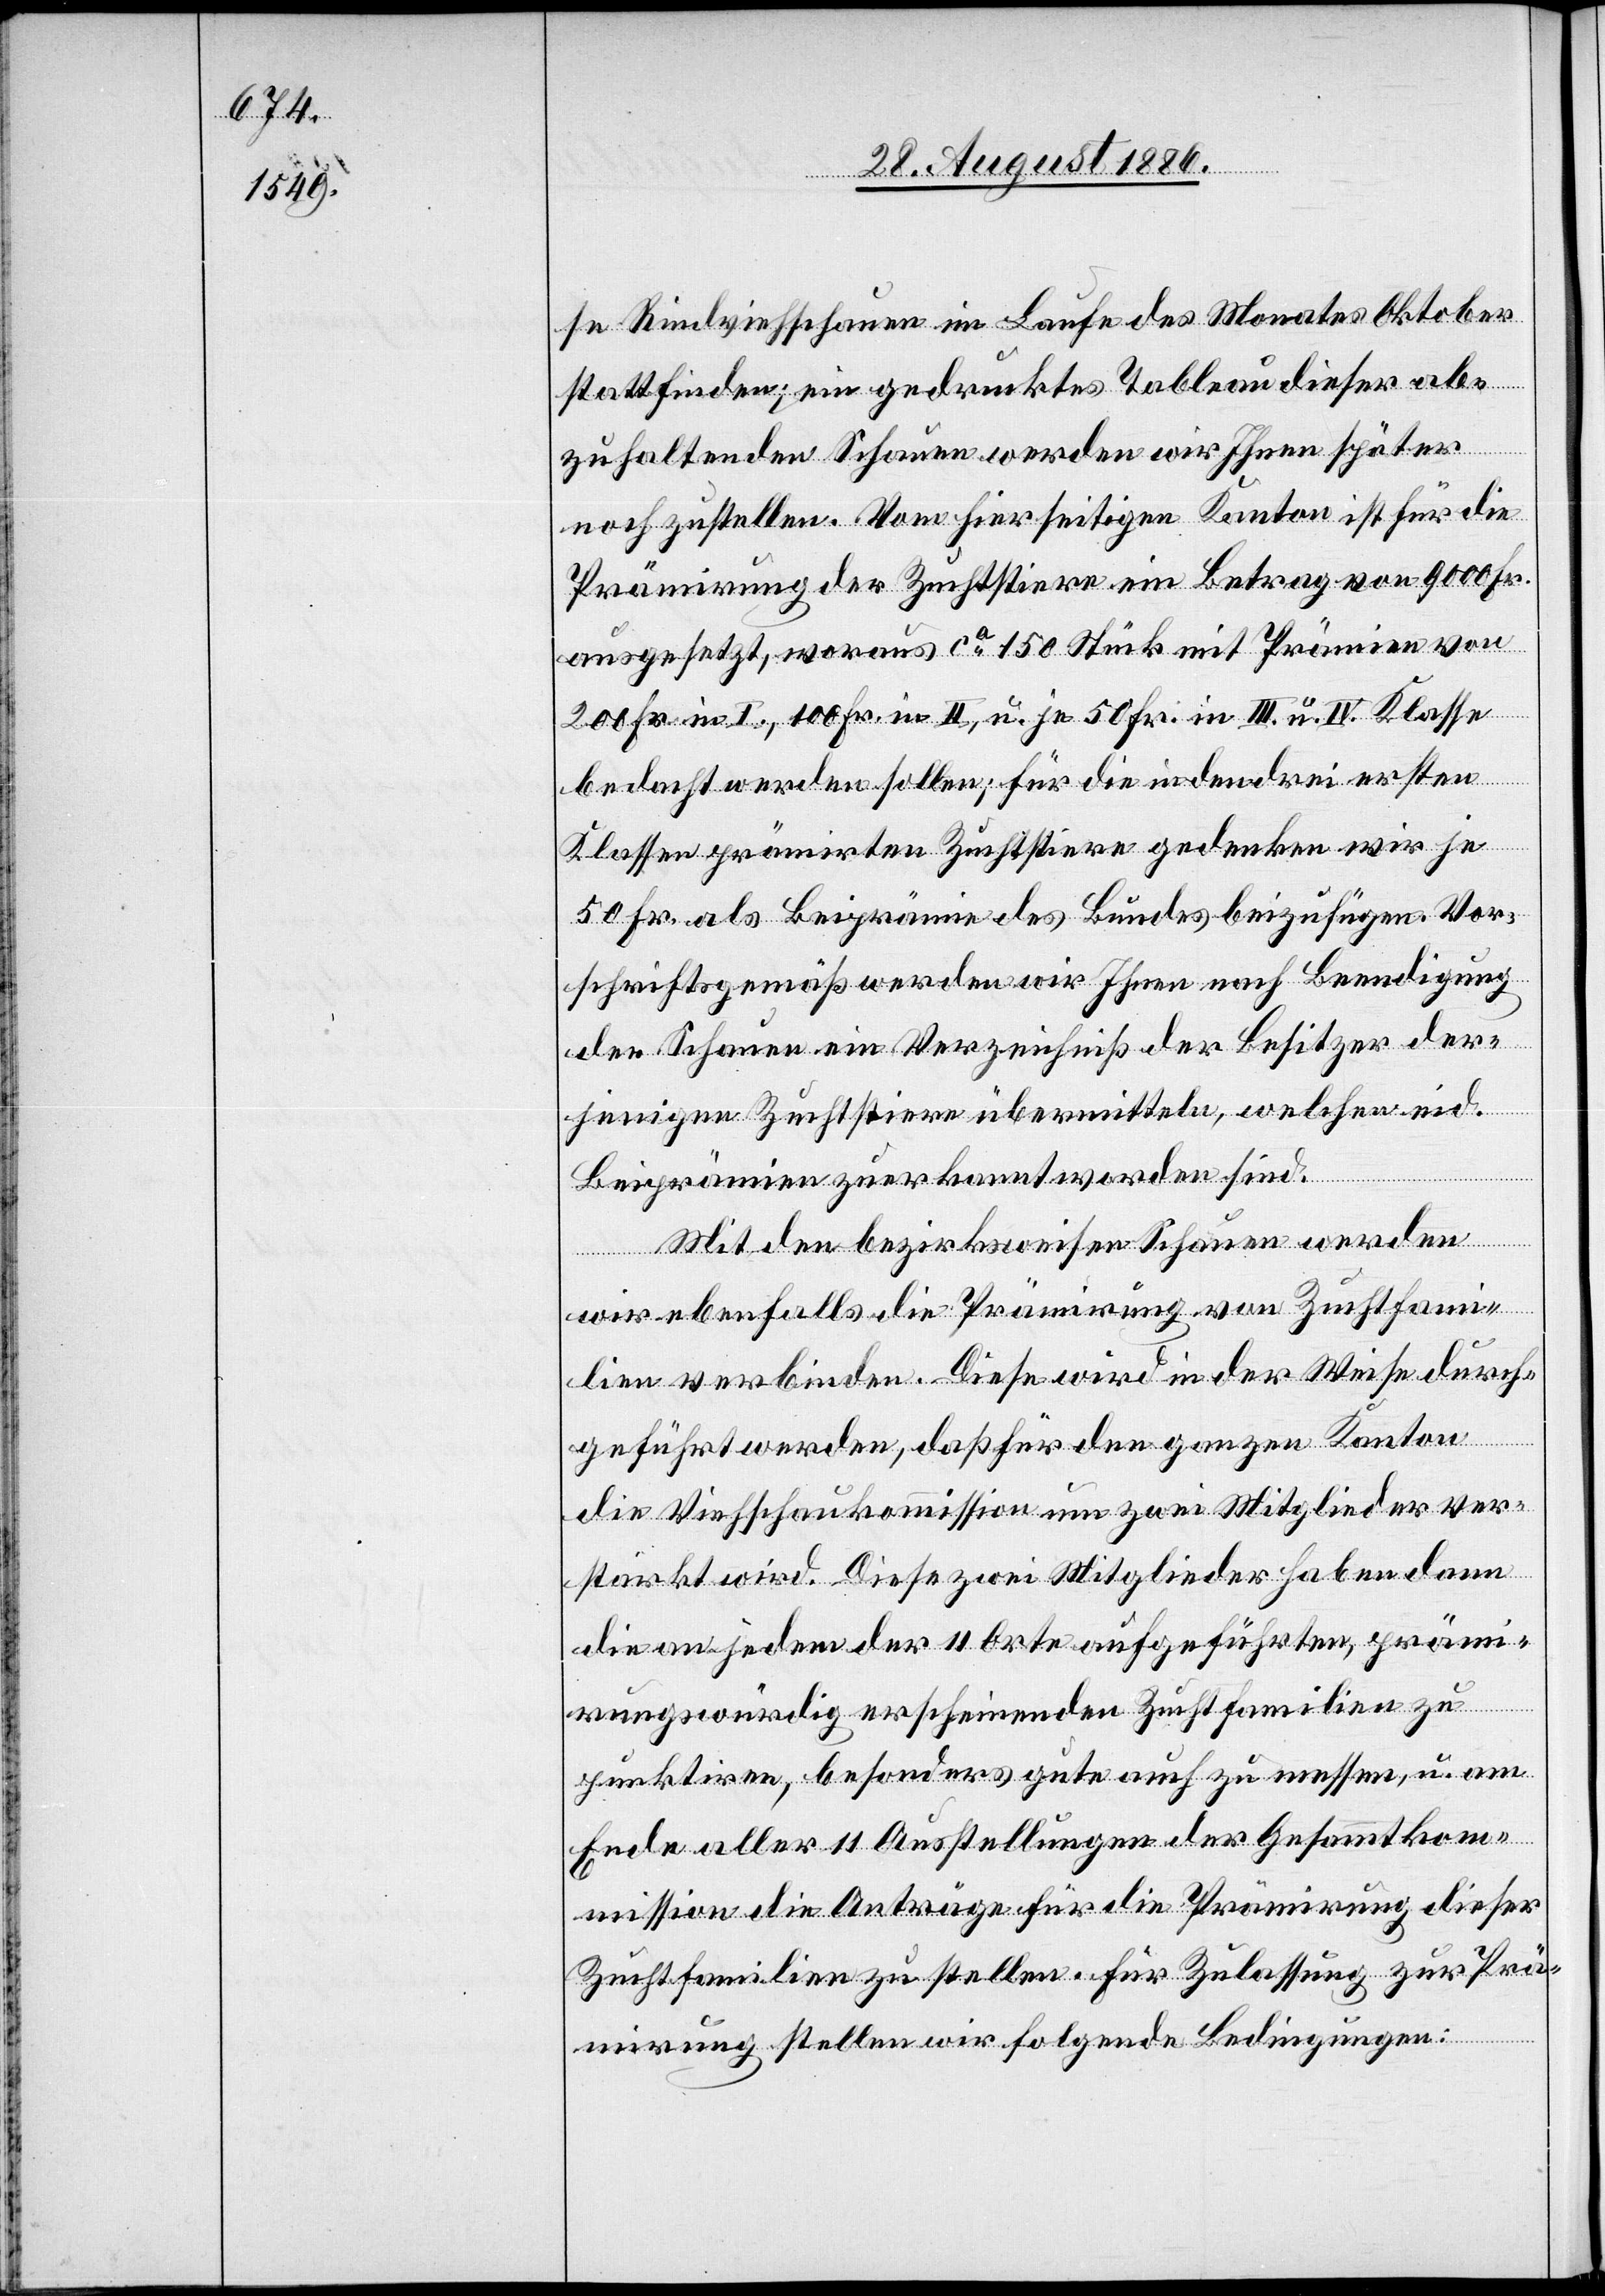
se Rindviehschauen im Laufe des Monates Oktober
stattfinden; ein gedrucktes Tableau dieser ab¬
zuhaltenden Schauen werden wir Ihnen später
noch zustellen. Vom hierseitigen Kanton ist für die
Prämirung der Zuchtstiere ein Betrag von 9000 Fr.
ausgesetzt, woraus ca 150 Stück mit Prämien von
200 Fr. in I., 100 Fr. in II., u. je 50 Fr. in III. u. IV. Klasse
bedacht werden sollen; für die in den drei ersten
Klassen prämirten Zuchtstiere gedenken wir je
50 Fr. als Beiprämie des Bundes beizufügen. Vor¬
schriftsgemäß werden wir Ihnen nach Beendigung
der Schauen ein Verzeichniß der Besitzer der¬
jenigen Zuchtstiere übermitteln, welchen eid.
Beiprämien zuerkannt worden sind.
Mit den bezirksweisen Schauen werden
wir ebenfalls die Prämirung von Zuchtfami¬
lien verbinden. Diese wird in der Weise durch¬
geführt werden, daß für den ganzen Kanton
die Viehschaukommission um zwei Mitglieder ver¬
stärkt wird. Diese zwei Mitglieder haben dann
die an jedem der 11 Orte aufgeführten, prämi¬
rungswürdig erscheinenden Zuchtfamilien zu
punktiren, besonders gute auch zu messen, u. am
Ende aller 11 Ausstellungen der Gesammtkom¬
mission die Anträge für die Prämirung dieser
Zuchtfamilien zu stellen. Für Zulassung zur Prä¬
mirung stellen wir folgende Bedingungen: